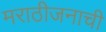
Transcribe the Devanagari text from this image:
मराठीजनाची